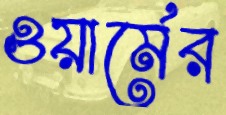
ওয়ার্মের